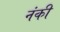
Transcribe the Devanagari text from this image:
नंकी